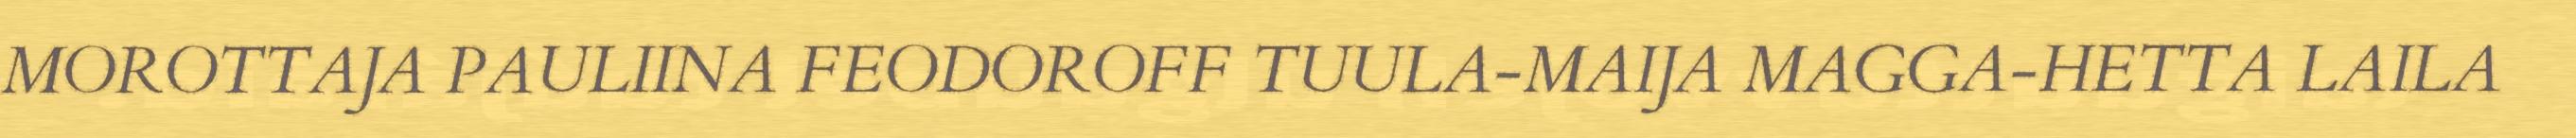
MOROTTAJA PAULIINA FEODOROFF TUULA-MAIJA MAGGA-HETTA LAILA